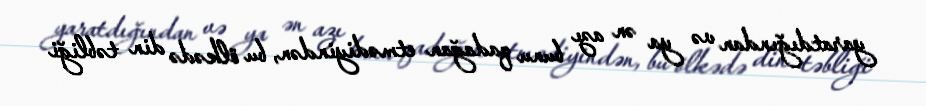
yaratdığından və ya ən azı bunu qadağan etmədiyindən, bu ölkədə din təbliği